Lunatic asylums United Provinces 1909-1921 - 1909-1921
Year: 1909
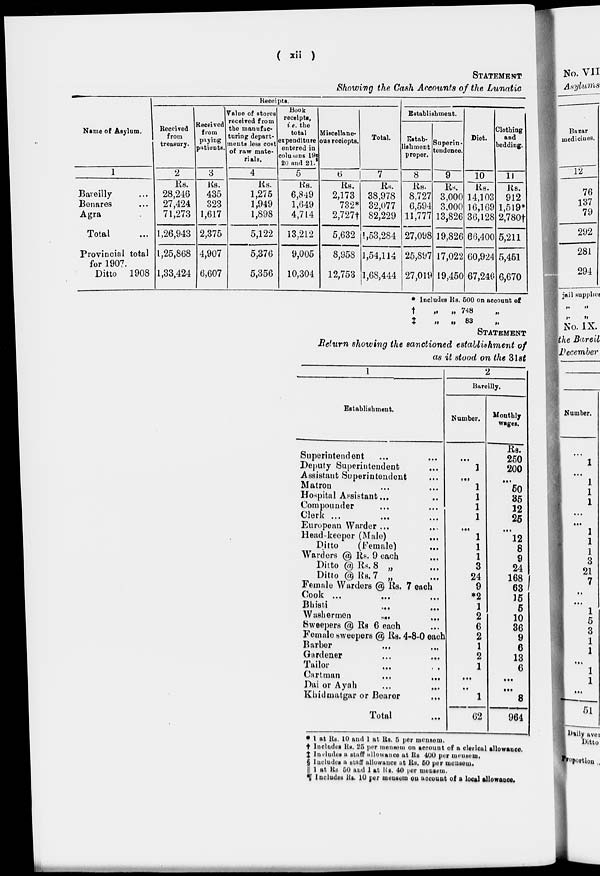
( xii )
STATEMENT
Showing the Cash Accounts of the Lunatic
Receipts.
Name of Asylum.
1
Bareilly ...
Benares
...
Agra ...
Total ...
Provincial total
for 1907.
Ditto 1908
Received
from
treasury.
2
Rs.
28,246
27,424
71,273
1,26,943
1,25,868
1,33,424
Received
from
paying
patients.
3
Rs.
435
323
1,617
2,375
4,907
6,607
Value of stores
received from
the manufac-
turing depart¬
nents less cost
of raw mate-
rials.
4
Rs.
1,275
1,949
1,898
5,122
5,376
5,356
Book
receipts,
i.e. the
total
expenditure
entered in
columns 19
20 and 21.
5
Rs.
6,849
1,649
4,714
13,212
9,005
10,304
Establishment.
Miscellane-
ous reciepts.
6
Rs.
2,173
732*
2,727†
5,632
8,958
12,753
Total.
7
Rs.
38,978
32,077
82,229
1,53,284
1,54,114
1,68,444
Estab¬
lishment
proper.
8
Rs.
8,727
6,594
11,777
27,098
25,897
27,019
Superin-
tendence.
9
Rs.
3,000
3,000
13,826
19,826
17,022
19,450
Diet.
10
Rs.
14,103
16,169
36,128
66,400
60,924
67,246
Clothing
and
bedding.
11
Rs.
912
1,519*
2,780†
5,211
5,451
6,670
* Includes Rs. 500 on account of
†
„
„
748 „
‡
„
„
83
„
STATEMENT
Return showing the sanctioned establishment of
as it stood on the 3lst
1
Establishment.
Superintendent
Deputy Superintendent
Assistant Superintendent
Matron ... ...
Hospital Assistant...
Compounder
Clerk
...
...
...
European Warder ... ...
Head-keeper (Male) ...
Ditto (Female)...
Warders @ Rs. 9 each...
Ditto @ Rs. 8 „ ...
Ditto @ Rs. 7 „ ...
Female Warders @ Rs. 7 each
Cook ...
...
...
Bhisti ... ... ...
Washermen ... ...
Sweepers @ Rs 6 each
Female sweepers @ Rs. 4-8-0 each
Barber... ...
Gurdener ... ...
Tailor ... ...
Cartman
...
...
Dai or Ayah
...
...
Khidmatgar or Bearer...
Total...
2
Bareilly.
Number.
...
1
...
1
1
1
1
...
1
1
1
3
24
9
*2
1
2
6
2
1
2
1
...
...
1
62
Monthly
wages.
Rs.
250
200
...
50
35
12
25
...
12
8
9
24
168
63
15
5
10
36
9
6
13
6
...
...
8
964
* 1 at Rs. 10 and 1 at Rs. 5 per mensem.
† Includes Rs. 25 per mensem on account of a clerical allowance.
‡ Includes a staff allowance at Rs. 400 per mensem.
§ Includes a staff allowance at Rs. 50 per mensem.
|| 1 at Rs. 50 and 1 at Rs. 40 per mensem.
¶ Includes Rs. 10 per mensem on account of a local allowance.